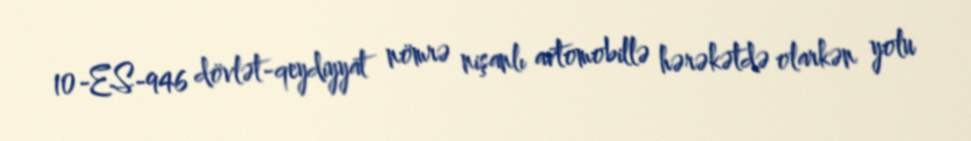
10-ES-946 dövlət-qeydiyyat nömrə nişanlı avtomobillə hərəkətdə olarkən yolu